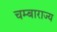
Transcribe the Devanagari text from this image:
चम्बाराज्य